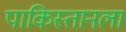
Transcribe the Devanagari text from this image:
पाकिस्तानला